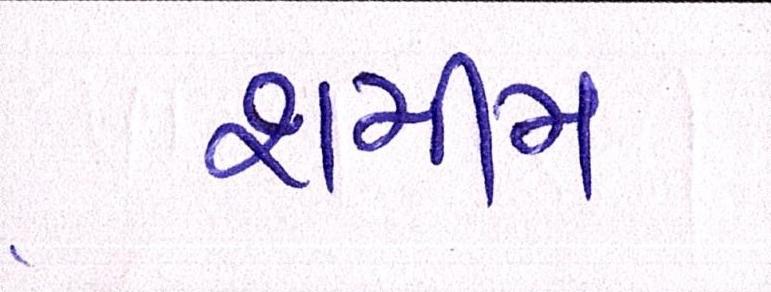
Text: શમીમ